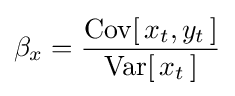
\beta _{x}={\frac {\operatorname {Cov} [\,x_{t},y_{t}\,]}{\operatorname {Var} [\,x_{t}\,]}}